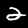
Digit: 2